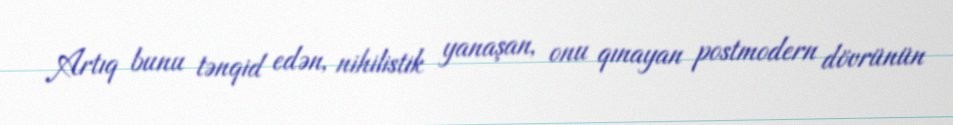
Artıq bunu tənqid edən, nihilistik yanaşan, onu qınayan postmodern dövrünün